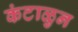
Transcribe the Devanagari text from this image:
कंटाळुन